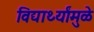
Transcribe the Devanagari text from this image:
विद्यार्थ्यांमुळे